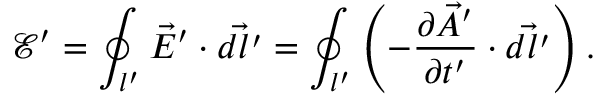
\mathcal E ^ { \prime } = \oint _ { l ^ { \prime } } \vec { E } ^ { \prime } \cdot \vec { d l ^ { \prime } } = \oint _ { l ^ { \prime } } \left( - \frac { \partial \vec { A } ^ { \prime } } { \partial t ^ { \prime } } \cdot \vec { d l ^ { \prime } } \right) .